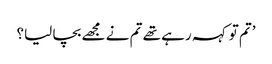
’تم تو کہہ رہے تھے تم نے مجھے بچا لیا؟